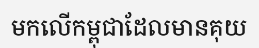
មកលើកម្ពុជាដែលមានគុយ